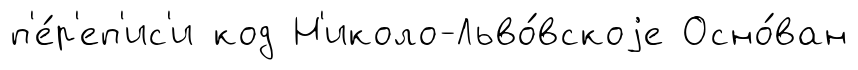
п'е́р'еп'ис'и код Н'иколо-Льво́вскоjе Осно́ван